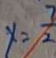
y = \frac { 7 } { 2 }